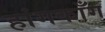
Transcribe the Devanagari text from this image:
हांगकाँग